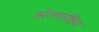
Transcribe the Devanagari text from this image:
अंतराष्टिय